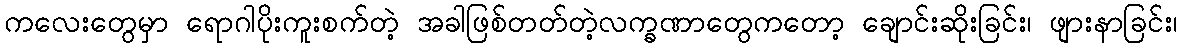
ကလေးတွေမှာ ရောဂါပိုးကူးစက်တဲ့ အခါဖြစ်တတ်တဲ့လက္ခဏာတွေကတော့ ချောင်းဆိုးခြင်း၊ ဖျားနာခြင်း၊